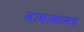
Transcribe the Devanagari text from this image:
नावावरनच